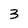
Character: 3